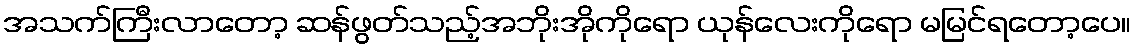
အသက်ကြီးလာတော့ ဆန်ဖွတ်သည့်အဘိုးအိုကိုရော ယုန်လေးကိုရော မမြင်ရတော့ပေ။